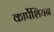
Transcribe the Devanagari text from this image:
कार्पेशियन